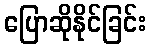
ပြောဆိုနိုင်ခြင်း